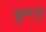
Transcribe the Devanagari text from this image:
कुथनूर